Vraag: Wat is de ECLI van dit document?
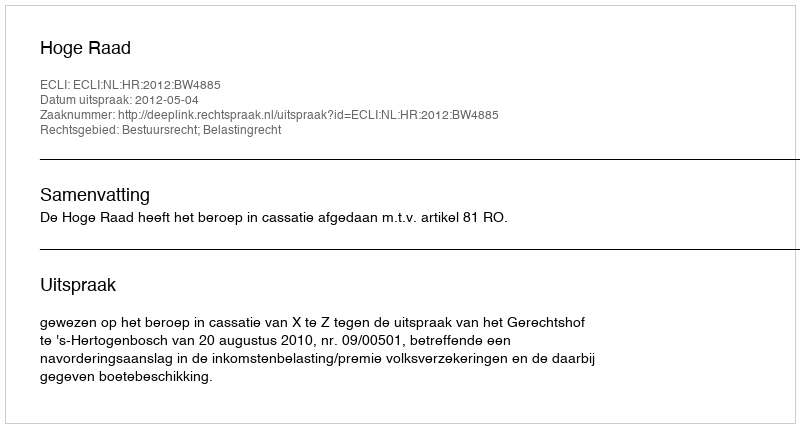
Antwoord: ECLI:NL:HR:2012:BW4885